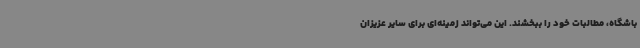
باشگاه، مطالبات خود را ببخشند. این می‌تواند زمینه‌ای برای سایر عزیزان